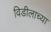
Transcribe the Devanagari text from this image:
विडीलाच्या